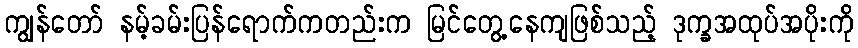
ကျွန်တော် နမ့်ခမ်းပြန်ရောက်ကတည်းက မြင်တွေ့နေကျဖြစ်သည့် ဒုက္ခအထုပ်အပိုးကို